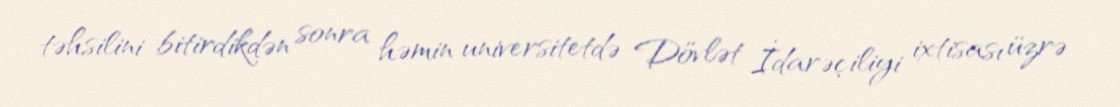
təhsilini bitirdikdən sonra həmin universitetdə Dövlət İdarəçiliyi ixtisası üzrə